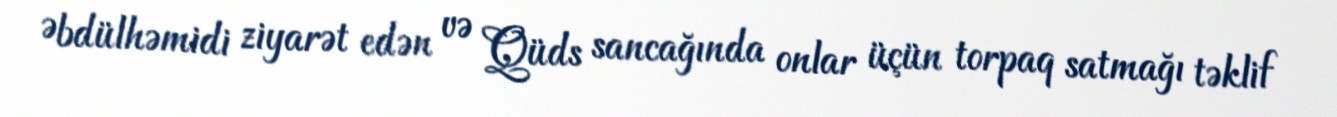
Əbdülhəmidi ziyarət edən və Qüds sancağında onlar üçün torpaq satmağı təklif